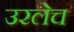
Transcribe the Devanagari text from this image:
उरलेच